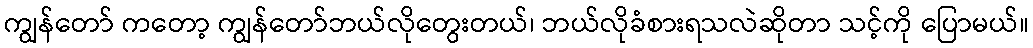
ကျွန်တော် ကတော့ ကျွန်တော်ဘယ်လိုတွေးတယ်၊ ဘယ်လိုခံစားရသလဲဆိုတာ သင့်ကို ပြောမယ်။